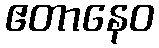
ဧတာနေဝ